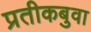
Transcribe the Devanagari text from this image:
प्रतीकबुवा